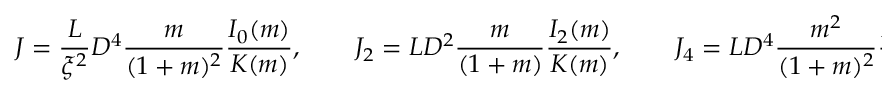
\begin{array} { l } { \displaystyle { J = \frac { L } { \xi ^ { 2 } } D ^ { 4 } \frac { m } { ( 1 + m ) ^ { 2 } } \frac { I _ { 0 } ( m ) } { K ( m ) } , \qquad J _ { 2 } = L D ^ { 2 } \frac { m } { ( 1 + m ) } \frac { I _ { 2 } ( m ) } { K ( m ) } , \qquad J _ { 4 } = L D ^ { 4 } \frac { m ^ { 2 } } { ( 1 + m ) ^ { 2 } } \frac { I _ { 4 } ( m ) } { K ( m ) } . } } \end{array}